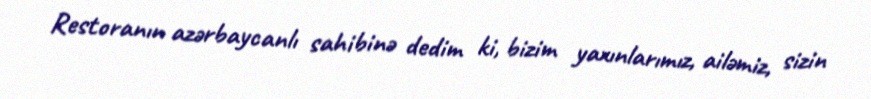
Restoranın azərbaycanlı sahibinə dedim ki, bizim yaxınlarımız, ailəmiz, sizin